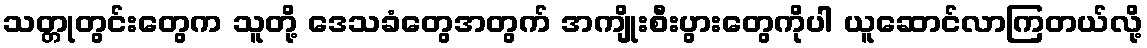
သတ္တုတွင်းတွေက သူတို့ ဒေသခံတွေအတွက် အကျိုးစီးပွားတွေကိုပါ ယူဆောင်လာကြတယ်လို့